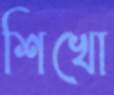
শিখো